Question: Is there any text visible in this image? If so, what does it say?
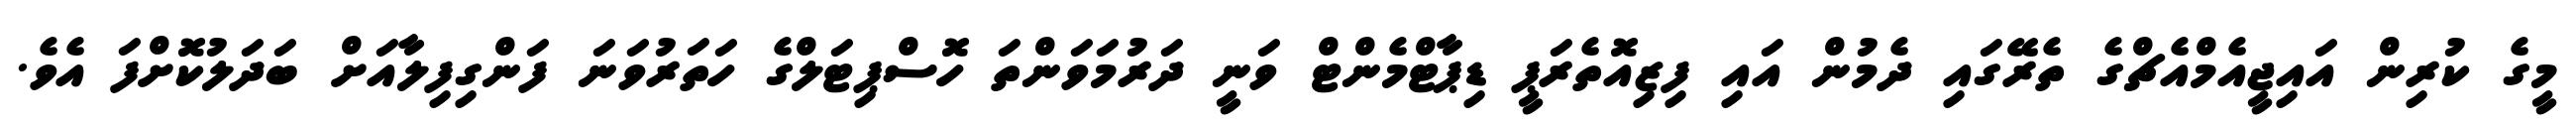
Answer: މީގެ ކުރިން އައިޖީއެމްއެޗްގެ ތެރޭގައި ދެމުން އައި ފިޒިއޮތެރަޕީ ޑިޕާޓްމެންޓް ވަނީ ދަރުމަވަންތަ ހޮސްޕިޓަލްގެ ހަތަރުވަނަ ފަންގިފިލާއަށް ބަދަލުކޮށްފަ އެވެ.